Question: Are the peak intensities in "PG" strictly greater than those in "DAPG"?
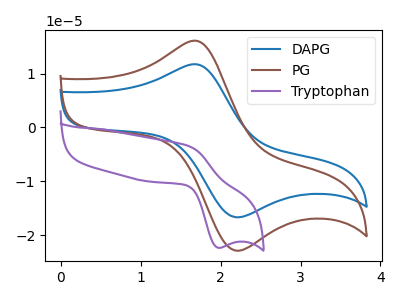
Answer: <think>The blue curve "DAPG" has an anodic peak at (1.70V, 11.70uA) and a cathodic peak at (2.20V, -16.70uA). The brown curve "PG" has an anodic peak at (1.70V, 16.05uA) and a cathodic peak at (2.20V, -22.90uA). The purple curve "Tryptophan" has an anodic peak at (1.60V, -3.45uA) and a cathodic peak at (1.95V, -22.35uA).</think>
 <answer>Every peak in "PG" is higher than every peak in "DAPG".</answer>
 <eval>higher</eval>